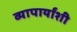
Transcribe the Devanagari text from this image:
व्यापार्यांशी